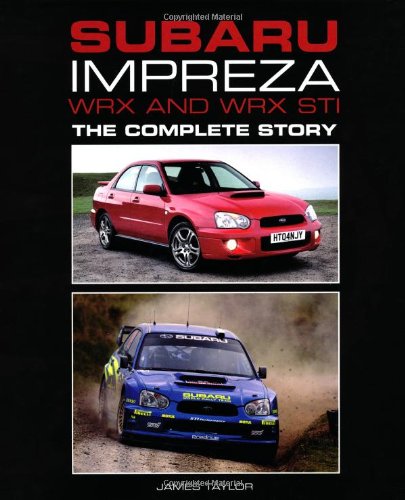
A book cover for Subaru Impreza WRX and WRX STI: The Complete Story (Crowood Autoclassics); James Taylor; Engineering & Transportation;